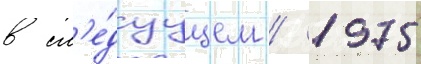
в сл'е́дуущем / 1975